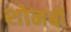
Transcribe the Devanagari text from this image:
शोनबी